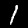
Label: 1